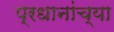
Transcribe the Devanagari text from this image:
प्रधानांच्या